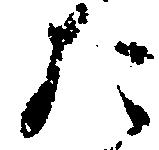
た